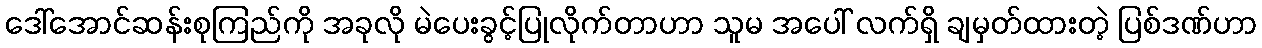
ဒေါ်အောင်ဆန်းစုကြည်ကို အခုလို မဲပေးခွင့်ပြုလိုက်တာဟာ သူမ အပေါ် လက်ရှိ ချမှတ်ထားတဲ့ ပြစ်ဒဏ်ဟာ